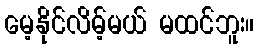
မေ့နိုင်လိမ့်မယ် မထင်ဘူး။